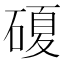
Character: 𥔹